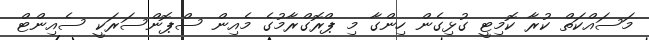
މަސައްކަތް ކުރާ ކޮމިޓީ ގުޅިގެން ހިންގާ މި ޕްރޮގްރާމުގެ މެއިން ސްޕޮންސަރަކީ ސެއިންޓް